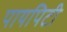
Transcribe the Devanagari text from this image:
पायपिटी